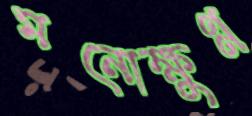
মনোক্ষুণ্ন